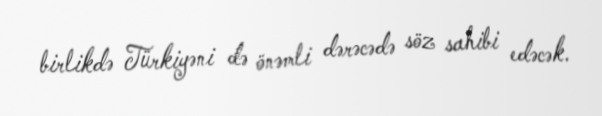
birlikdə Türkiyəni də önəmli dərəcədə söz sahibi edəcək.